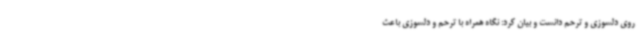
روی دلسوزی و ترحم دانست و بیان کرد: نگاه همراه با ترحم و دلسوزی باعث